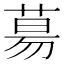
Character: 𦳝